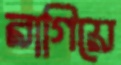
রাগিয়ে